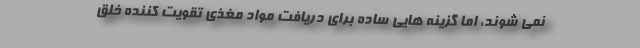
نمی شوند، اما گزینه هایی ساده برای دریافت مواد مغذی تقویت کننده خلق